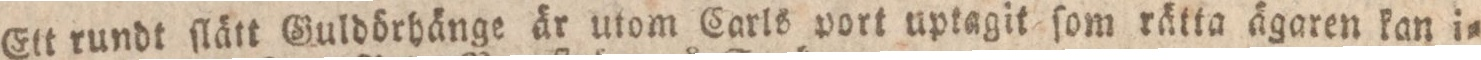
Ett rundt ſlätt Guldörhänge är utom Carls port uptagit ſom rätta ägaren kan i=